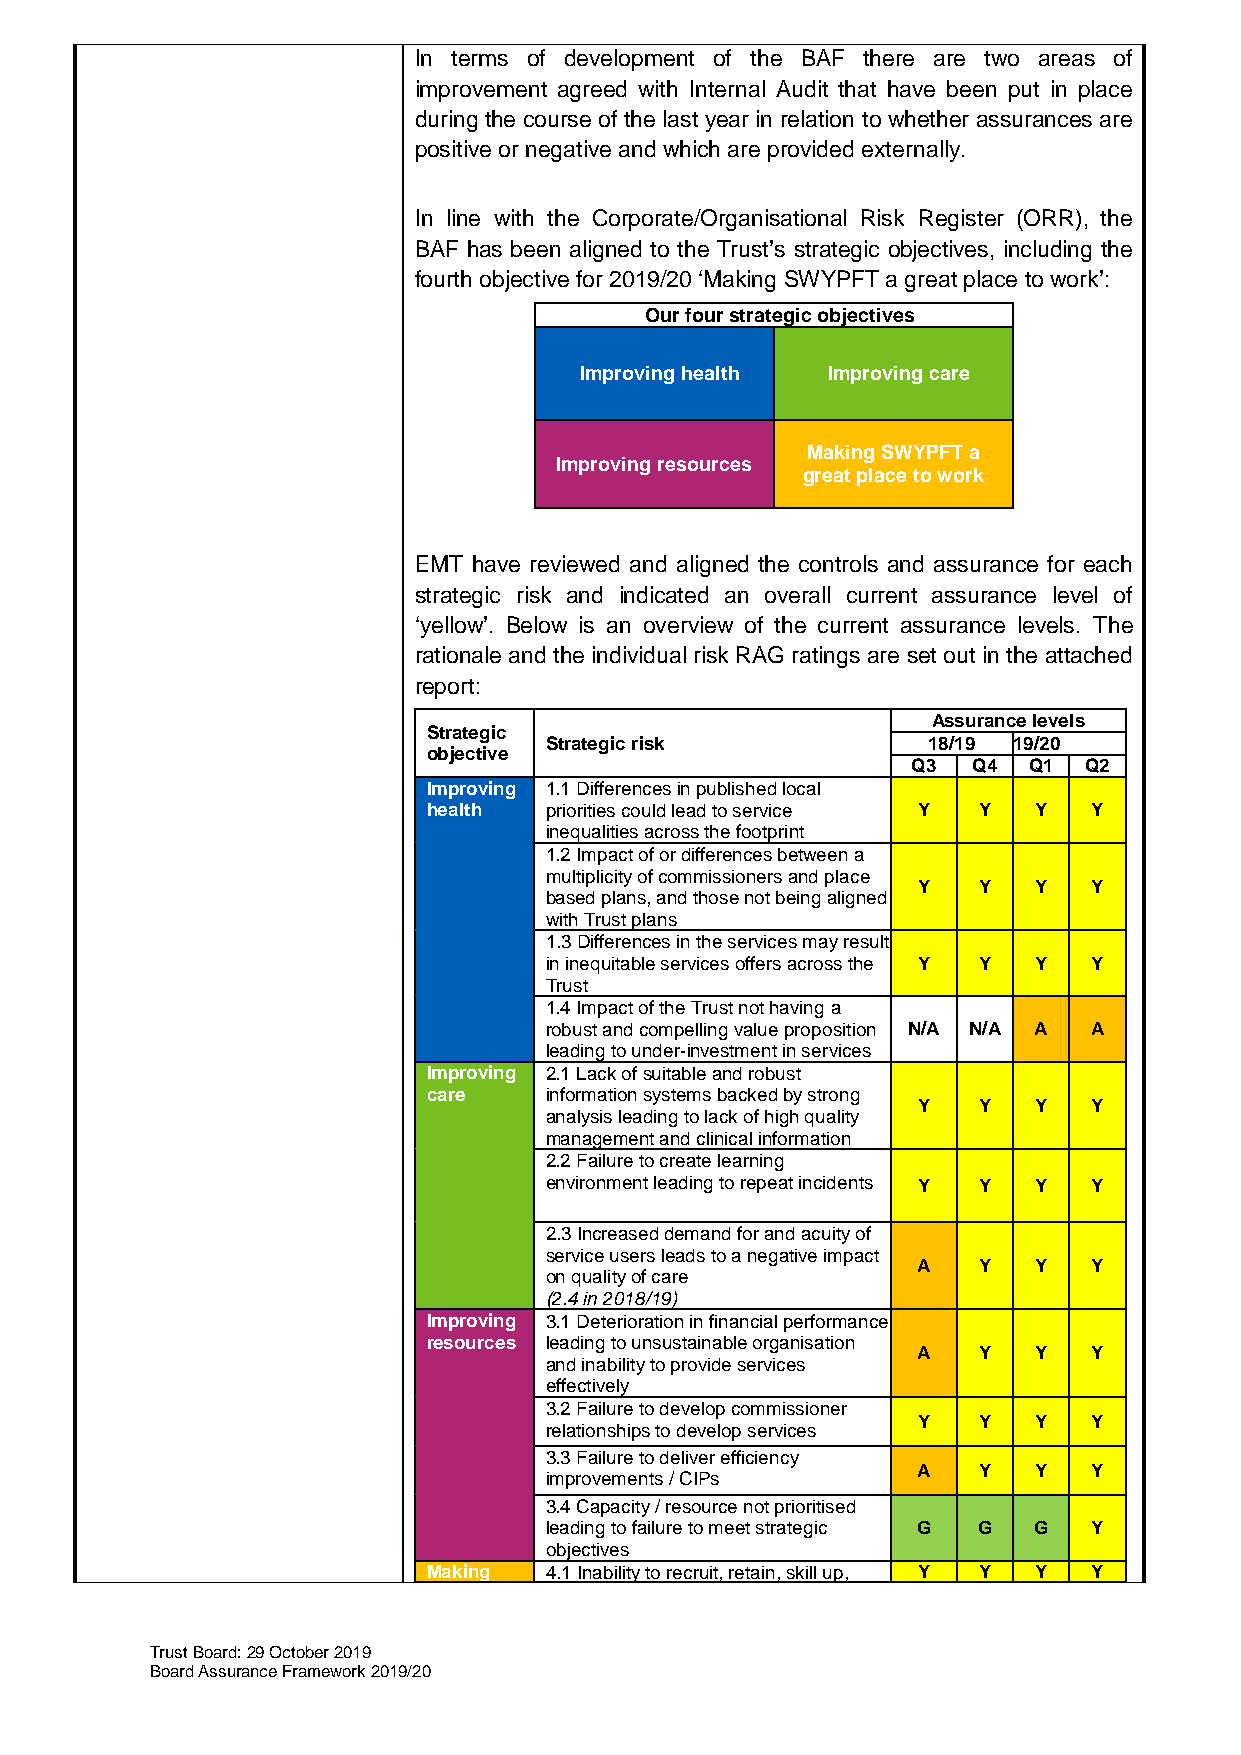
In terms of development of the BAF there are two areas of
 improvement agreed with Internal Audit that have been put in place
 during the course of the last year in relation to whether assurances are
 positive or negative and which are provided externally.
 In line with the Corporate/Organisational Risk Register (ORR), the
 BAF has been aligned to the Trust’s strategic objectives, including the
 fourth objective for 2019/20 ‘Making SWYPFT a great place to work’:
 Our four strategic objectives
 Improving health Improving care
 Making SWYPFT a
 Improving resources
 great place to work
 EMT have reviewed and aligned the controls and assurance for each
 strategic risk and indicated an overall current assurance level of
 ‘yellow’. Below is an overview of the current assurance levels. The
 rationale and the individual risk RAG ratings are set out in the attached
 report:
 Assurance levels
 Strategic
 Strategic risk           18/19 19/20
 objective
 Q3  Q4  Q1  Q2
 Improving 1.1 Differences in published local
 health  priorities could lead to service Y Y Y Y
 inequalities across the footprint
 1.2 Impact of or differences between a
 multiplicity of commissioners and place
 Y   Y  Y   Y
 based plans, and those not being aligned
 with Trust plans
 1.3 Differences in the services may result
 in inequitable services offers across the Y Y Y Y
 Trust
 1.4 Impact of the Trust not having a
 robust and compelling value proposition N/A N/A A A
 leading to under-investment in services
 Improving 2.1 Lack of suitable and robust
 care    information systems backed by strong
 Y   Y  Y   Y
 analysis leading to lack of high quality
 management and clinical information
 2.2 Failure to create learning
 environment leading to repeat incidents Y Y Y Y
 2.3 Increased demand for and acuity of
 service users leads to a negative impact
 A   Y  Y   Y
 on quality of care
 (2.4 in 2018/19)
 Improving 3.1 Deterioration in financial performance
 resources leading to unsustainable organisation
 A   Y  Y   Y
 and inability to provide services
 effectively
 3.2 Failure to develop commissioner
 Y   Y  Y   Y
 relationships to develop services
 3.3 Failure to deliver efficiency
 A   Y  Y   Y
 improvements / CIPs
 3.4 Capacity / resource not prioritised
 leading to failure to meet strategic G G G Y
 objectives
 Making  4.1 Inability to recruit, retain, skill up, Y Y Y Y
 Trust Board: 29 October 2019
 Board Assurance Framework 2019/20